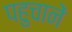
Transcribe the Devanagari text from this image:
पहुचानें